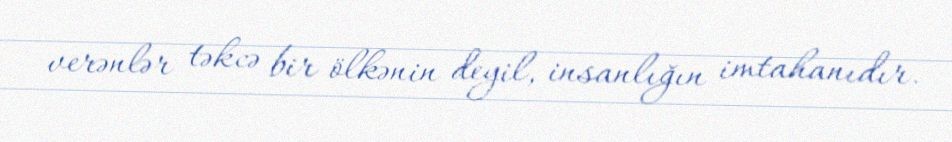
verənlər təkcə bir ölkənin deyil, insanlığın imtahanıdır.